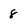
Character: 8